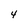
Character: 4